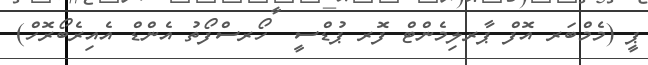
ޕީ (މެމްބަރ އޮފް ޕާރލިމެންޓް ފޮރ ޕުޑްސީ  ހޯރސްފޯތު އެންޑް އެއިރެބޯރޮހް)